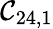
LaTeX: \mathcal{C}_{24,1}